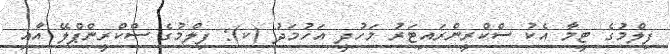
ފިލްމުގެ ޓީމާ އެކު ސްކްރީންރައިޓަރު މަހުދީ އަހުމަދު (ކ): ފިލްމުގެ ސްކްރީންޕްލޭ އާއި